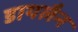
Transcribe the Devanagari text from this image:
डायलैन